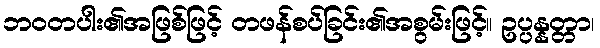
ဘဝတပါး၏အဖြစ်ဖြင့် တဖန်စပ်ခြင်း၏အစွမ်းဖြင့်။ ဥပ္ပန္နတ္တာ၊